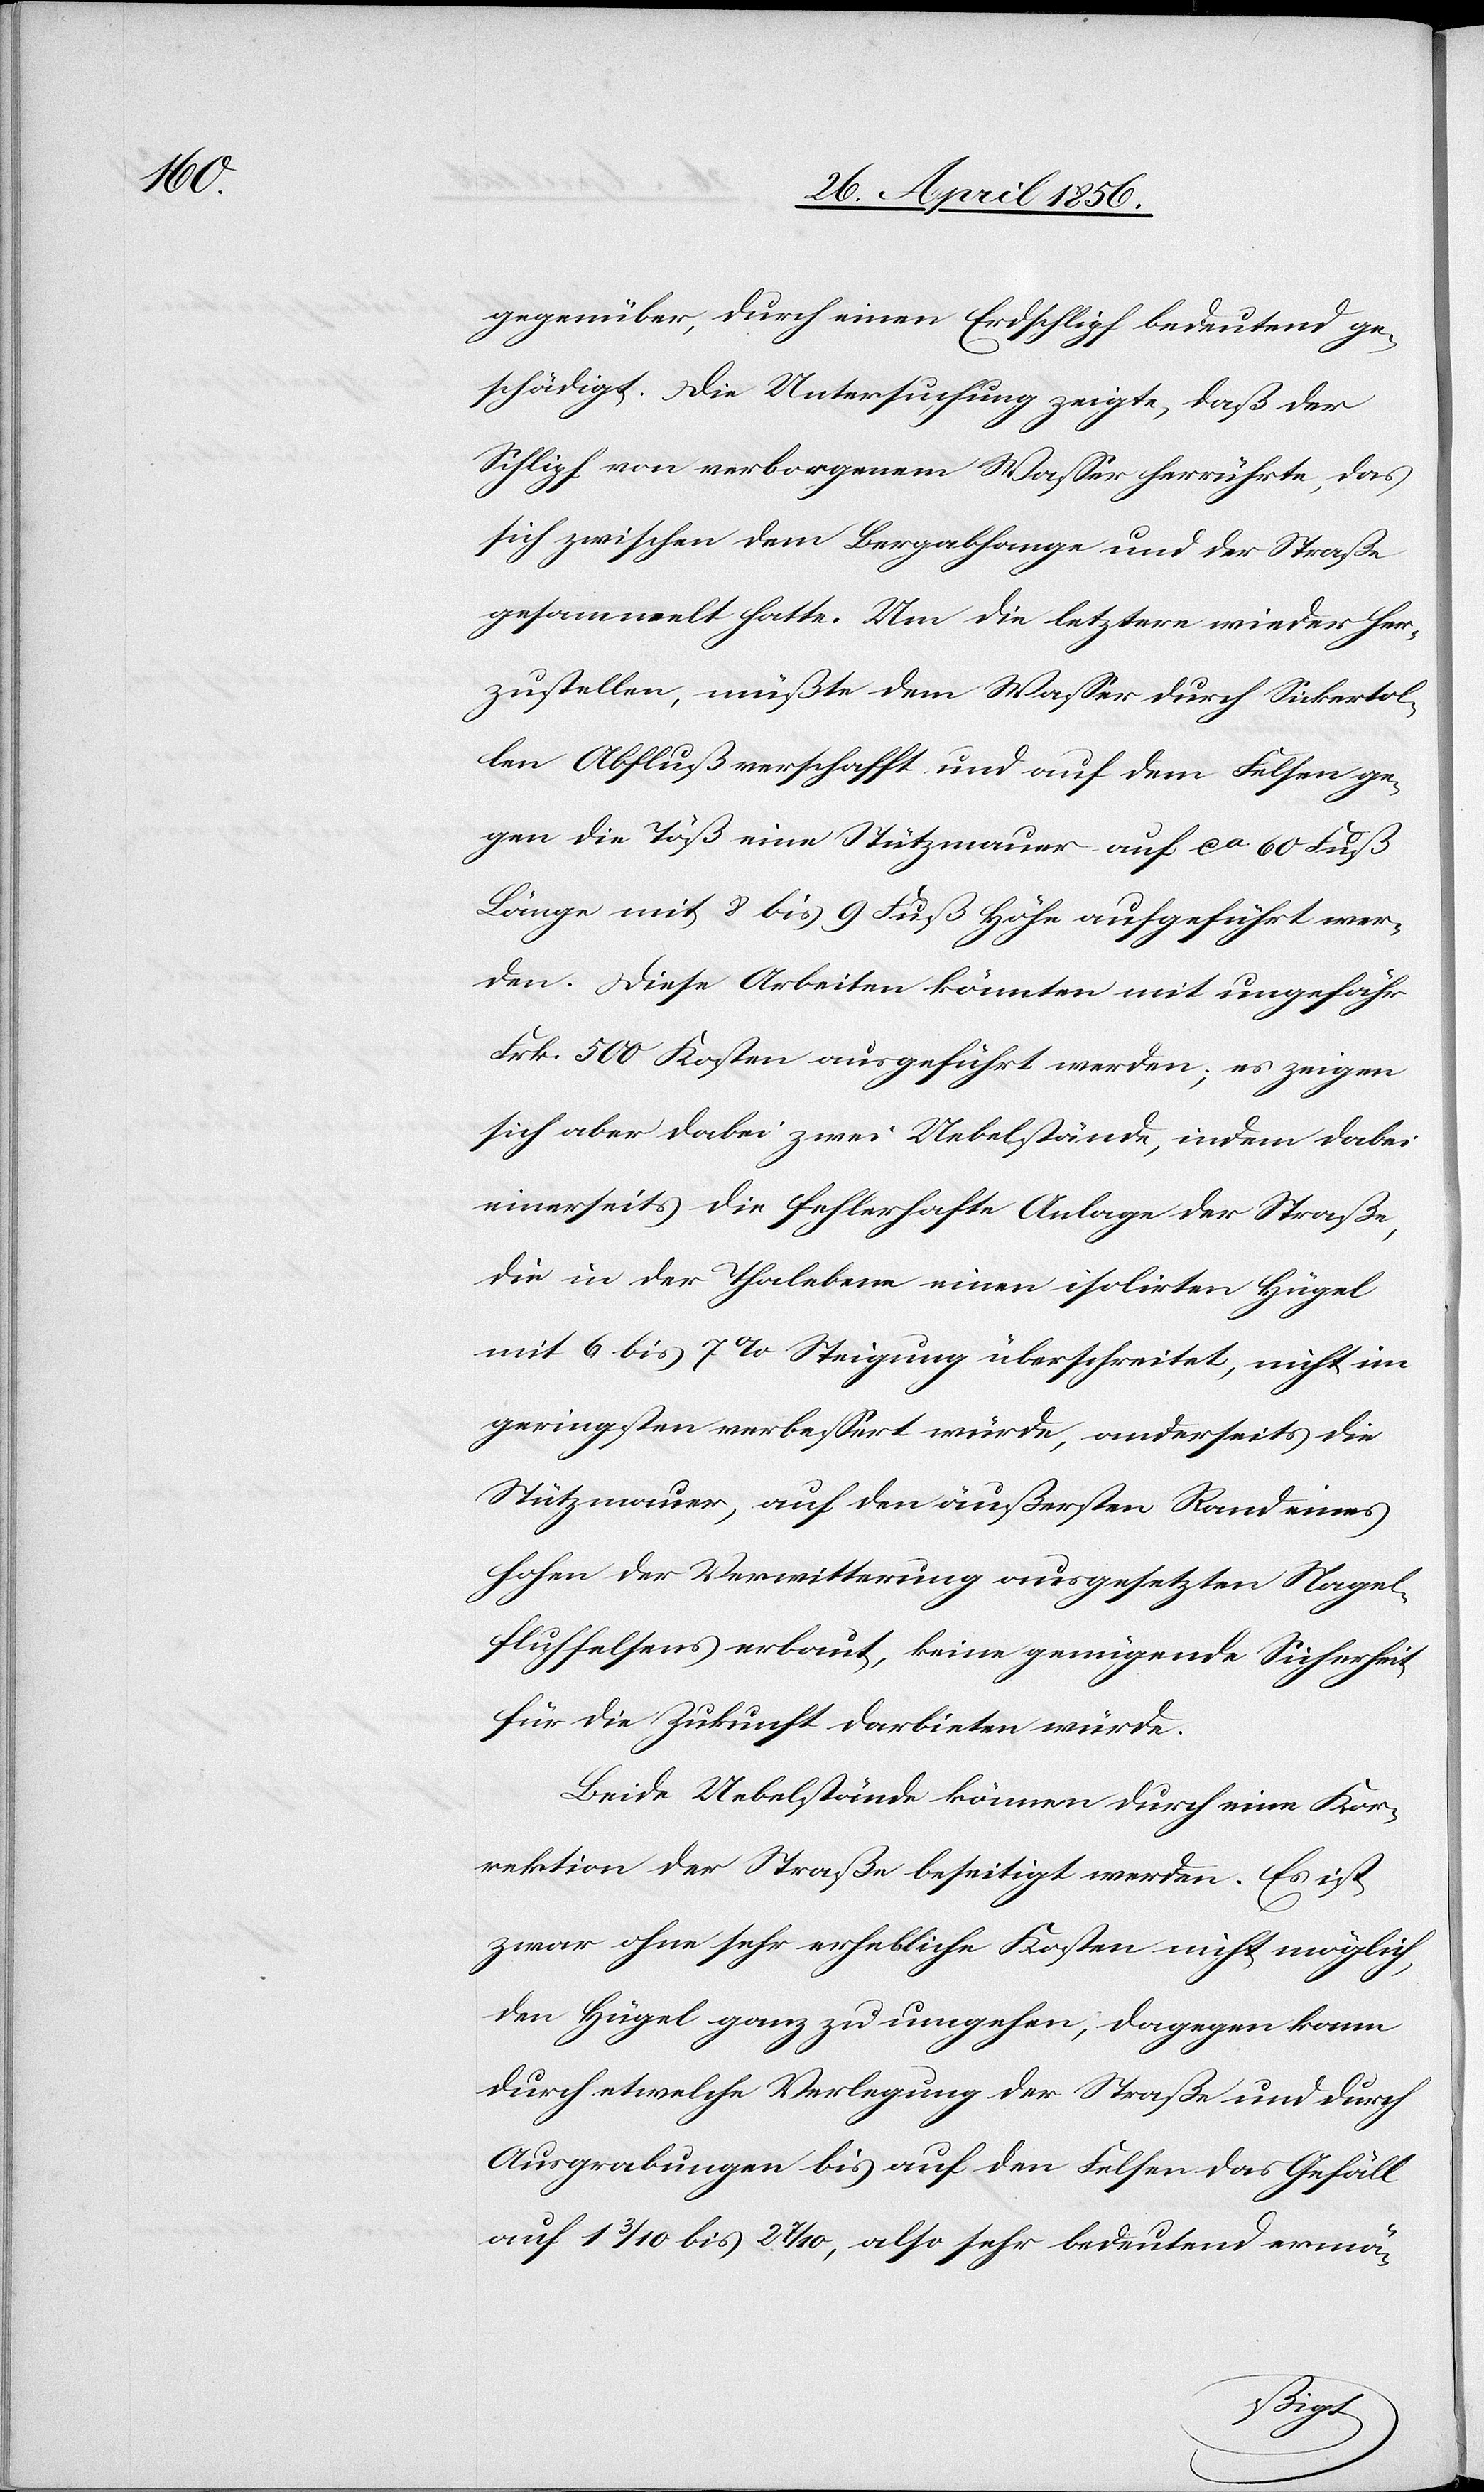
gegenüber, durch einen Erdschlipf bedeutend ge¬
schädigt. Die Untersuchung zeigte, daß der
Schlipf von verborgenem Wasser herrührte, das
sich zwischen dem Bergabhange und der Straße
gesammelt hatte. Um die letztere wieder her¬
zustellen, müßte dem Wasser durch Sickertol¬
len Abfluß verschafft und auf dem Felsen ge¬
gen die Töß eine Stützmauer auf ca 60 Fuß
Länge mit 8 bis 9 Fuß Höhe aufgeführt wer¬
den. Diese Arbeiten könnten mit ungefähr
Frk. 500 Kosten ausgeführt werden; es zeigen
sich aber dabei zwei Uebelstände, indem dabei
einerseits die fehlerhafte Anlage der Straße,
die in der Thalebene einen isolirten Hügel
mit 6 bis 7 % Steigung überschreitet, nicht im
geringsten verbessert würde, anderseits die
Stützmauer, auf den äußersten Rand eines
hohen der Verwitterung ausgesetzten Nagel¬
fluhfelsens erbaut, keine genügende Sicherheit
für die Zukunft darbieten würde.
Beide Uebelstände können durch eine Kor¬
rektion der Straße beseitigt werden. Es ist
zwar ohne sehr erhebliche Kosten nicht möglich,
den Hügel ganz zu umgehen, dagegen kann
durch etwelche Verlegung der Straße und durch
Ausgrabungen bis auf den Felsen das Gefäll
auf 1 3/10 bis 2 7/10, also sehr bedeutend ermä-